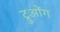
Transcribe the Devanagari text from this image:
ट्रुओंग